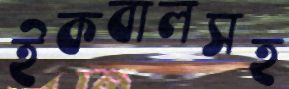
ইকবালসহ